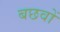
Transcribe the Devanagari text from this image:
बछवों